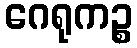
ဂေရုကဉ္စ